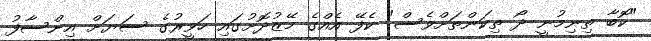
"ކޮބާ ތިނިމުނީ ދޯ ތިކަންތަށްވެސް" ކެފޭ އެއްގެ މޭޒުދޮށުގައި ހަވީރުގެ ސަޔަށް އިންސާފު